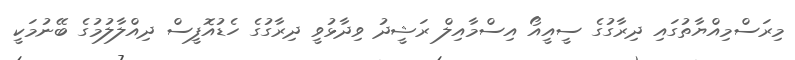
މިރަސްމިއްޔާތުގައި ދިރާގުގެ ސީއީއޯ އިސްމާއިލް ރަޝީދު ވިދާޅުވީ ދިރާގުގެ ހެޑުއޮފީސް ދިއްލާލުމުގެ ބޭނުމަކީ